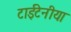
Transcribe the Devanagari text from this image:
टाईटेनीया